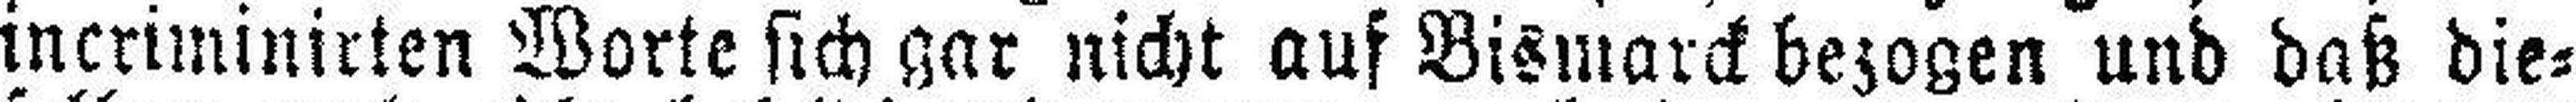
incriminirten Worte sich gar nicht auf Bismarck bezogen und daß die¬